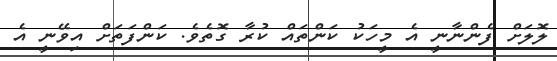
ލޮލަށް ފެންނާނީ އެ މީހަކު ކަންތައް ކުރާ ގޮތެވެ. ކަންފަތަށް އިވޭނީ އެ